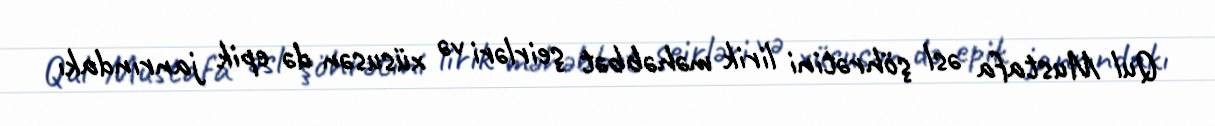
Qul Mustafa əsl şöhrətini lirik məhəbbət şeirləri və xüsusən də epik janrındakı